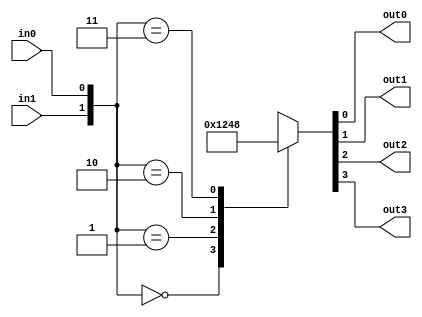
`timescale 1ns / 1ps
//////////////////////////////////////////////////////////////////////////////////
// Company: 
// Engineer: 
// 
// Design Name: 
// Module Name: decoder
// Project Name: 
// Target Devices: 
// Tool Versions: 
// Description: 
// 
// Dependencies: 
// 
// Revision:
// Revision 0.01 - File Created
// Additional Comments:
// 
//////////////////////////////////////////////////////////////////////////////////


module decoder(
    input in0,
    input in1,
    output out0,
    output out1,
    output out2,
    output out3
    );
    
    reg [3:0] outpt;
    reg [1:0] inpt;
   
    always @*
    begin
    inpt[0]<=in0;
    inpt[1]<=in1;
    casex (inpt)
    2'b00:outpt = 4'b0001;
    2'b01:outpt = 4'b0010;
    2'b10:outpt = 4'b0100;
    2'b11:outpt = 4'b1000;
    default:outpt = 0;
    endcase
    end
    assign out0=outpt[0];
    assign out1=outpt[1];
    assign out2=outpt[2];
    assign out3=outpt[3];

endmodule